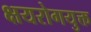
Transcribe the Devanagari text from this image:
क्षयरोगयुक्त